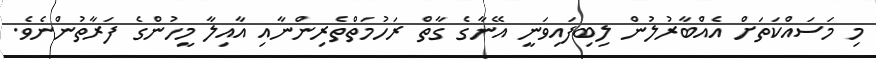
މި މަސައްކަތަށް އެއްބާރުލުން ލިބިފައިވަނީ އޭނާގެ ގާތް ރަހުމަތްތެރިންނާއި އާއިލާ މީހުންގެ ފަރާތުންނެވެ.